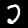
Label: 2